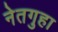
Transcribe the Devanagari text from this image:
नेतगुहा